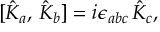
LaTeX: [ \hat { K } _ { a } , \, \hat { K } _ { b } ] = i \epsilon _ { a b c } \, \hat { K } _ { c } ,